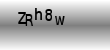
Text: ZRh8w